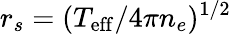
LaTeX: r_{s}=(T_{\mathrm{eff}}/4\pi n_{e})^{1/2}